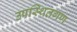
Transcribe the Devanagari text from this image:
उपस्थितगण